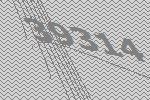
39314